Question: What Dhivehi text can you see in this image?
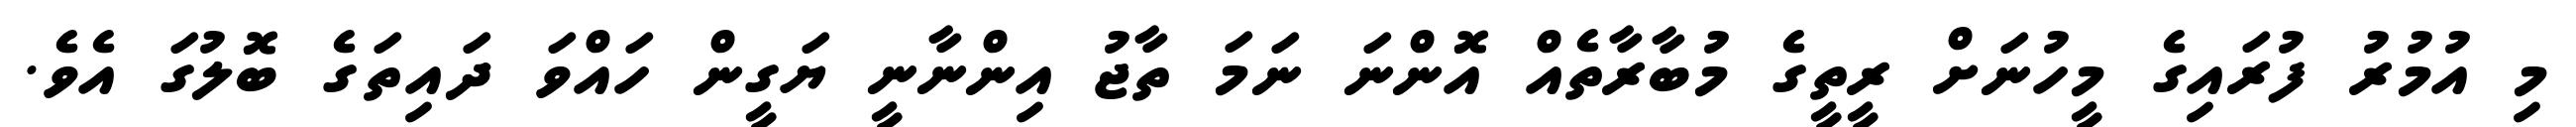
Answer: މި އުމުރު ފުރައިގެ މީހުނަށް ރީތީގެ މުބާރާތެއް އޮންނަ ނަމަ ތާޖު އިންނާނީ ޔަގީން ހައްވަ ދައިތަގެ ބޮލުގަ އެވެ.